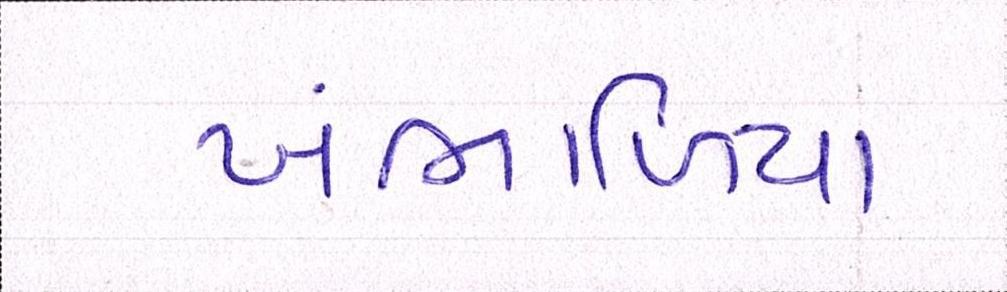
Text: ખંભાળિયા